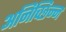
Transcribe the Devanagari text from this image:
अनिच्छिन्न